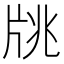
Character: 㸠